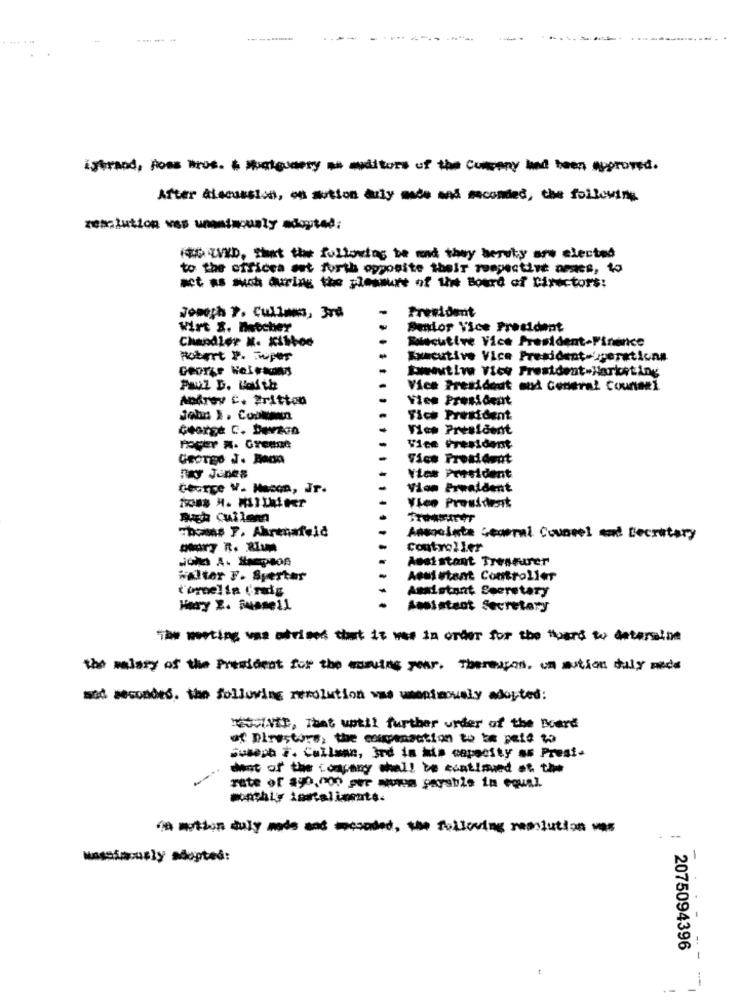
*** 444
-----
------
istrand, poes trus. & thatquery somditors of the Company had been approved.
After discussion, on sutton aly made and seconded, the following
zesolution was unanimously adopted:
WED, That the following be und they beruty are elected
to the officea ant forth opposite their respective omses, to
-t --- in the pleasure of the Board of Minctors:
Prezident
Joseph ?. Cullmm, 3rd
Wirt &. Matcher
Senior Vice President
Chandler M. x11bod
Molecutive Vice President-Finance
Robert P. Toper
Executive Vice President-Operations
George Holmes
bamoutin Vice President-Marketing
Paul D. Lau th
Vice President oud General Counsel
Andrey C. Britton
Vice President
Fich President
George C. Devaca
Vice President
Fager M. Greene
Vice President
Vice President
Ray Jenes
Vios President
George W. Macon, It.
Vion Prwaident
Vien President
Bugh Cuilem
Thoms F. Ahrenafeid
Anapalate General Counsel and Recrutary
-7 7. 2
controller
Assistant Treasurer
Walter F. Sperter
Assistant Controller
t'ornella Crado
Assistant Secretary
Hory Z. iumsell
Assistant Secretary
The perting use ofrised that it was in order for the hard to deterston
the malary of the President for the ensuing year. Thereupon. un aution duly nede
wat secondes. the following resolution vas usanimously adopted:
TEUSNIE, That until further under of the Board
of Directors, the compensation to be pate to
Such 7. Callann, ird in his capacity su Presi-
-
dent of the company shall be continued at the
rate of 29,nos per mowa paysble in equal
----- - coded, the following resolution was
Massimously adopted:
: 2075094396
1
- -